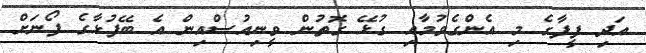
އަދި ފީފާގެ މި އެންގެވުމާއި ގުޅޭ ގޮތުން ވީނިއުސްއިން އެ ބޭފުޅާގެ ފޯނަށް